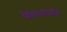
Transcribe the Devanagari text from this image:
शिक्षाक्षादर्शन